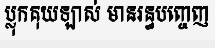
ប្លុកគុយឡាស់ មានរន្ធបញ្ចេញ